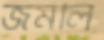
জমলি